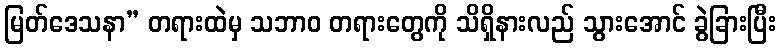
မြတ်ဒေသနာ” တရားထဲမှ သဘာဝ တရားတွေကို သိရှိနားလည် သွားအောင် ခွဲခြားပြီး